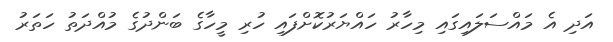
އަދި އެ މައްސަލައިގައި މިހާރު ހައްޔަރުކޮށްފައި ހުރި މީހާގެ ބަންދުގެ މުއްދަތު ހަތަރު